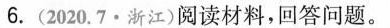
6.(2020.7·浙江)阅读材料，回答问题。